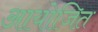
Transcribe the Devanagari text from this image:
आयोजित